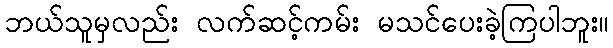
ဘယ်သူမှလည်း လက်ဆင့်ကမ်း မသင်ပေးခဲ့ကြပါဘူး။